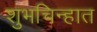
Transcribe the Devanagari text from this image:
शुभचिन्हात